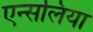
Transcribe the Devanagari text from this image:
एन्सलिया